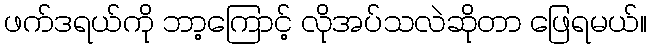
ဖက်ဒရယ်ကို ဘာ့ကြောင့် လိုအပ်သလဲဆိုတာ ဖြေရမယ်။